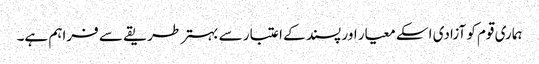
ہماری قوم کو آزادی اسکے معیار اور پسند کے اعتبار سے بہتر طریقے سے فراہم ہے۔